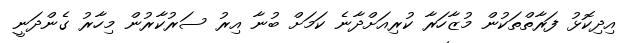
އިދިކޮޅު ފަރާތްތަކުން މުޒާހަރާ ކުރިއަށްދާނެ ކަމަށް ބުނާ އިރު ސަރުކާރުން މިހާރު ގެންދަނީ